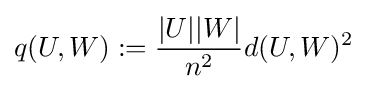
q(U,W):={\frac {|U||W|}{n^{2}}}d(U,W)^{2}